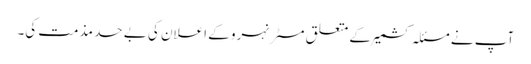
آپ نے مسئلہ کشمیر کے متعلق مسٹر نہرو کے اعلان کی بے حد مذمت کی۔